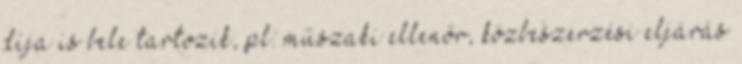
díja is bele tartozik, pl: műszaki ellenőr, közbeszerzési eljárás